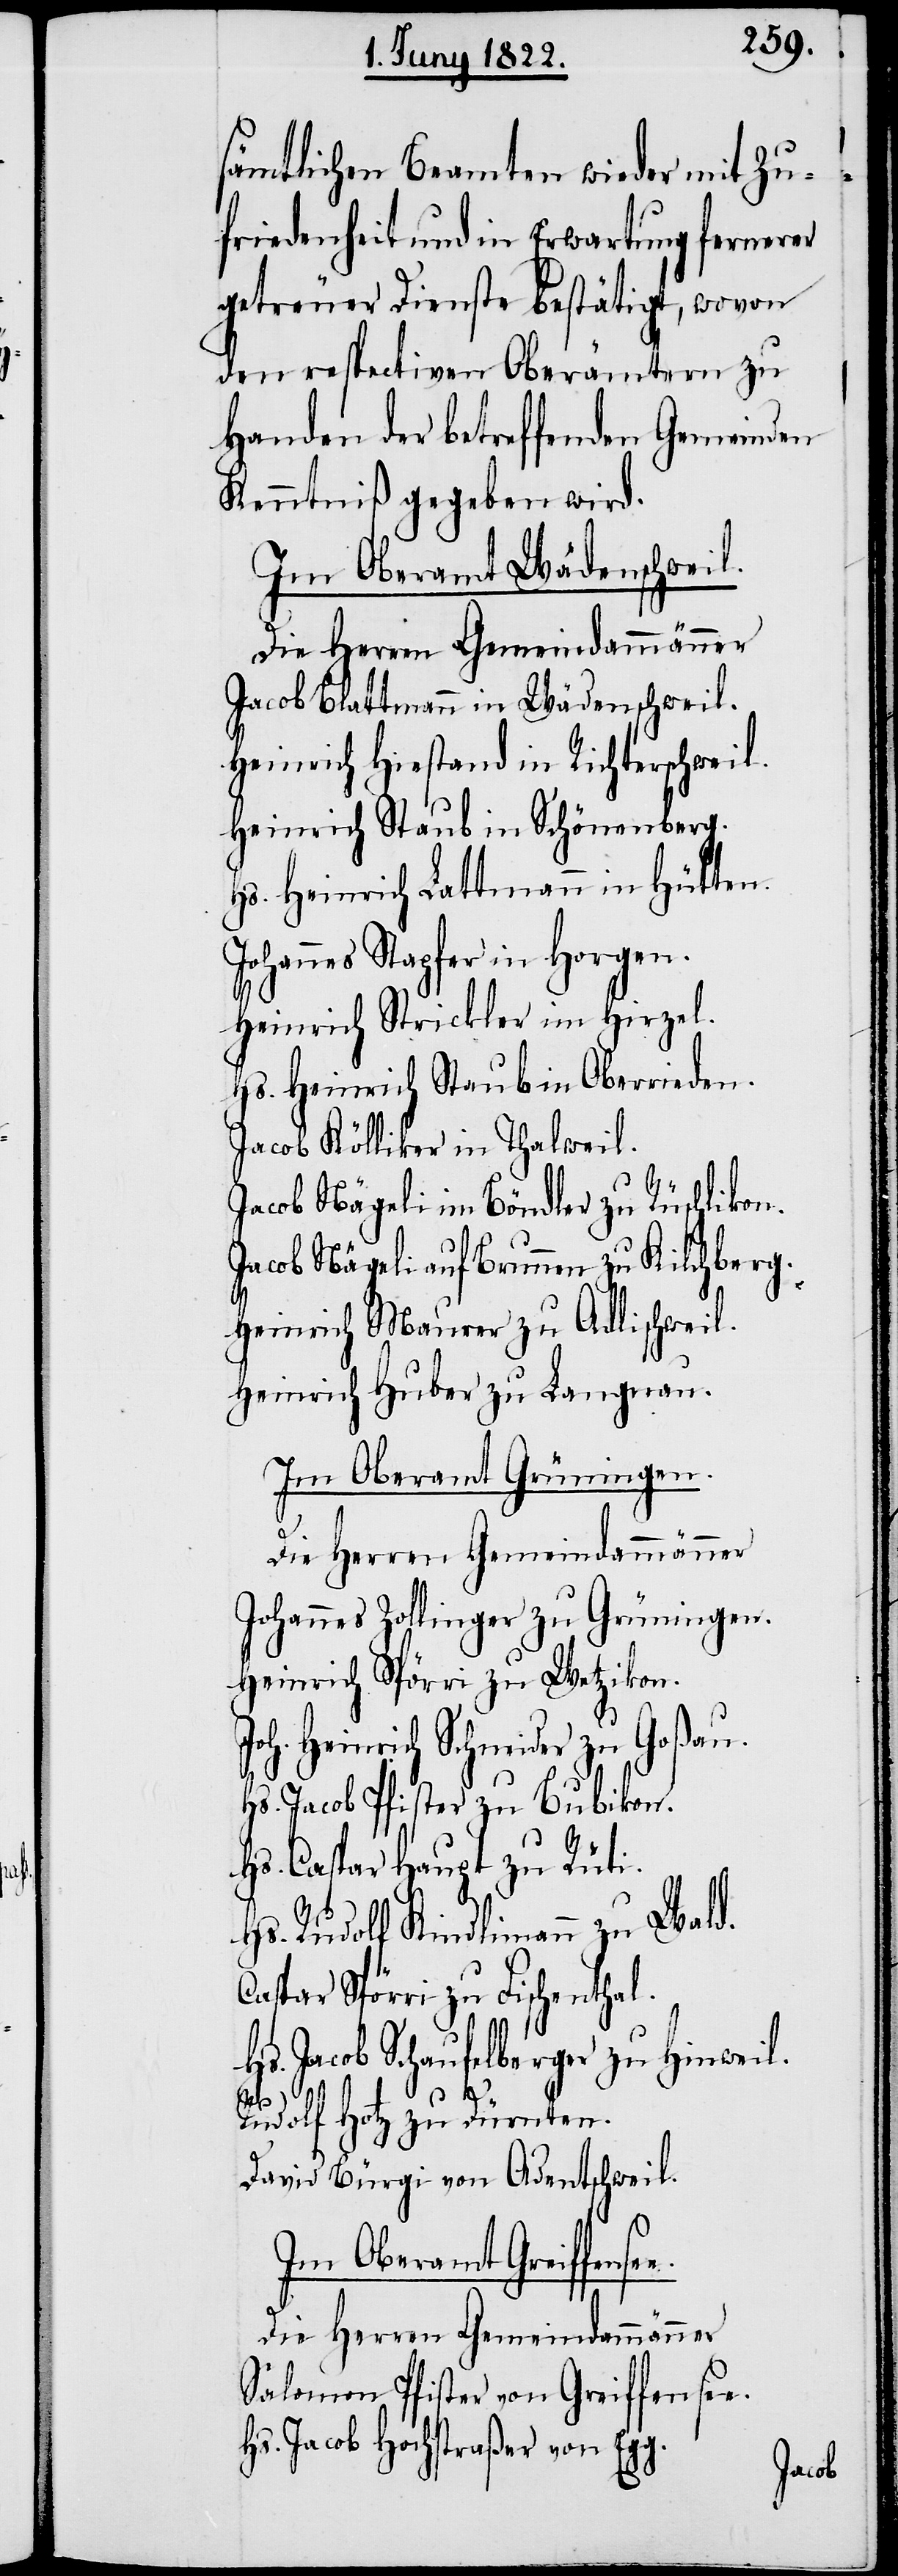
sämtlichen Beamten wieder mit Zu¬
friedenheit und in Erwartung fernerer
getreuer Dienste bestätigt, wovon
den respectiven Oberämtern zu
Handen der betreffenden Gemeinden
Kenntniß gegeben wird.
Im Oberamt Wädenschweil.
Die Herren Gemeindammänner
Jacob Blattmann in Wädenschweil.
Heinrich Hiestand in Richterschweil.
Heinrich Staub in Schönenberg.
Hs. Heinrich Lattmann in Hütten.
hannes Stapfer in Horgen.
Heinrich Strickler in Hirzel.
Hs. Heinrich Staub in Oberrieden.
Jacob Kölliker in Thalweil.
Jacob Nägeli im Böndler zu Rüschlikon.
Jabob Nägeli auf Brunnen zu Kilchberg.
Heinrich Maurer zu Adlischweil.
Heinrich Huber zu Langnau.
Im Oberamt Grüningen.
Die Herren Gemeindammänner
Johannes Zollinger zu Grüningen.
Heinrich Spörri zu Wetzikon.
Joh. Heinrich Schneider zu Goßau.
Hs. Jacob Pfister zu Bubikon.
Hs. Caspar Haupt zu Rüti.
Hs. Rudolf Kindlimann zu Wald.
Caspar Spörri zu Fischenthal.
Hs. Jacob Schaufelberger zu Hinweil.
e.
Rudolf Hotz zu Dürnten.
David Bürgi von Adentschweil.
Im Oberamt Greiffense¬
Die Herren Gemeindammänner
Salomon Pfister von Greiffensee.
Hs. Jacob Hochstraßer von Egg.